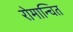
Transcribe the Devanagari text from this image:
रोमान्चित